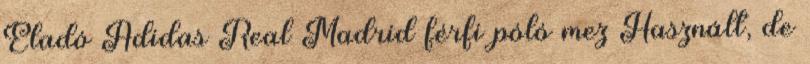
Eladó Adidas Real Madrid férfi póló mez Használt, de